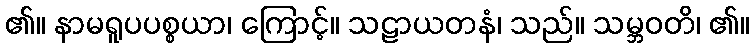
၏။ နာမရူပပစ္စယာ၊ ကြောင့်။ သဠာယတနံ၊ သည်။ သမ္ဘဝတိ၊ ၏။